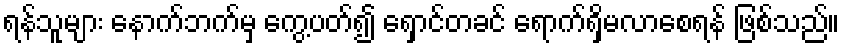
ရန်သူများ နောက်ဘက်မှ ကွေ့ပတ်၍ ရှောင်တခင် ရောက်ရှိမလာစေရန် ဖြစ်သည်။